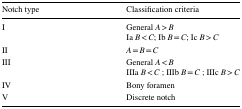
<table><thead><tr><td><b>Notch type</b></td><td><b>Classification criteria</b></td></tr></thead><tbody><tr><td>I</td><td>General <i>A</i> &gt; <i>B</i>Ia <i>B</i> &lt; <i>C</i>; Ib <i>B</i> = <i>C</i>; Ic <i>B</i> &gt; <i>C</i></td></tr><tr><td>II</td><td><i>A</i> = <i>B</i> = <i>C</i></td></tr><tr><td>III</td><td>General <i>A</i> &lt; <i>B</i>IIIa <i>B</i> &lt; <i>C</i> ; IIIb <i>B</i> = <i>C</i> ; IIIc <i>B</i> &gt; <i>C</i></td></tr><tr><td>IV</td><td>Bony foramen</td></tr><tr><td>V</td><td>Discrete notch</td></tr></tbody></table>